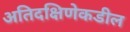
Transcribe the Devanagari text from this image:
अतिदक्षिणेकडील